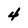
Character: 4